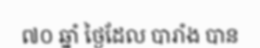
៧០ ឆ្នាំ ថ្ងៃដែល បារាំង បាន